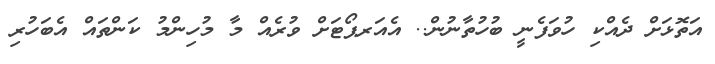
އަތޮޅަށް ދެއްކި ހުވަފެނީ ބުހުތާނުން.. އެއަރޕޯޓަށް ވުރެއް މާ މުހިންމު ކަންތައް އެބަހުރި